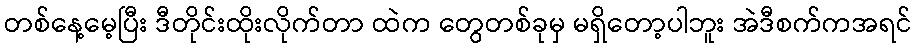
တစ်နေ့မေ့ပြီး ဒီတိုင်းထိုးလိုက်တာ ထဲက တွေတစ်ခုမှ မရှိတော့ပါဘူး အဲဒီစက်ကအရင်